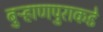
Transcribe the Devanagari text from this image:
बुऱ्हाणपुराकडे